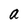
Character: a